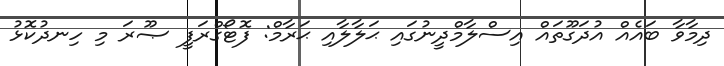
ދިމާވާ ބައެއް އުދަގޫތައް އިސްލާމްދީނުގައި ޙަލާލާއި ޙަރާމް: ފޮޓޯގްރަފީ ޞޫރަ މި ހިނދުކޮޅު